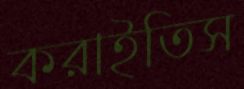
করাইতিস